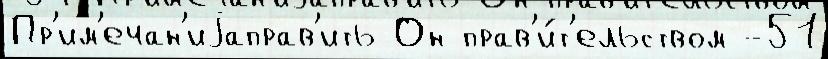
Пр'им'ечан'иjаправ'ить Он прав'и́т'ельством -51